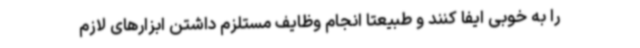
را به خوبی ایفا کنند و طبیعتاً انجام وظایف مستلزم داشتن ابزارهای لازم